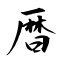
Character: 暦